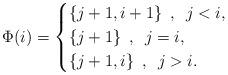
LaTeX: \begin{align*} \Phi(i)=\begin{cases} \{j+1,i+1\}\enspace, \enspace j<i, \\ \{j+1\}\enspace, \enspace j=i ,\\ \{j+1,i\}\enspace, \enspace j>i. \end{cases} \end{align*}